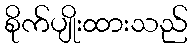
စိုက်ပျိုးထားသည်